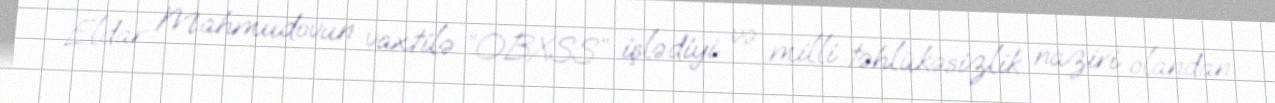
Eldar Mahmudovun vaxtilə “OBXSS” işlədiyi və milli təhlükəsizlik naziri olandan